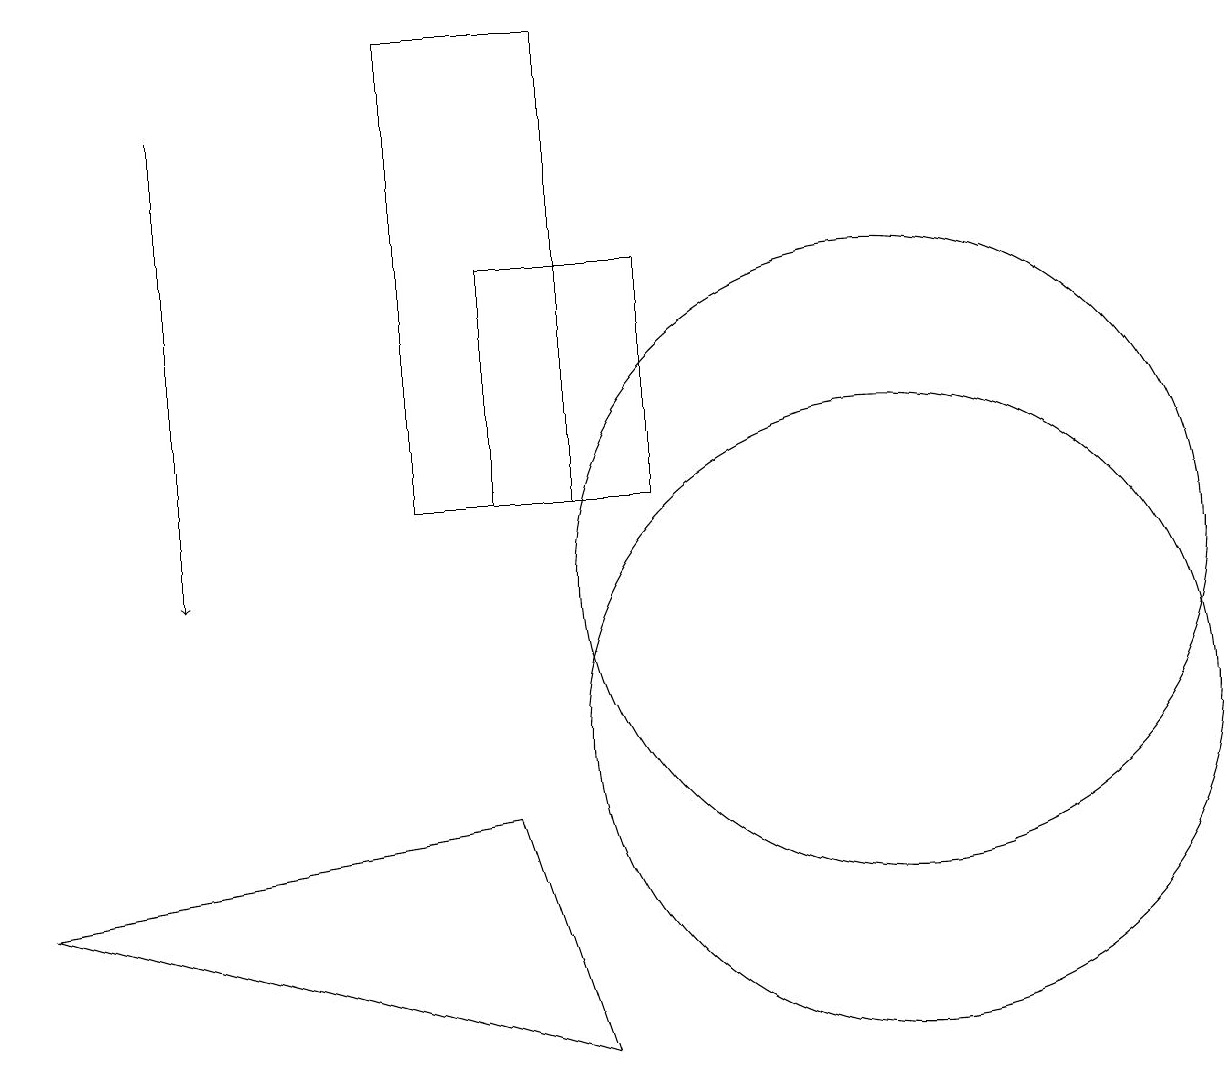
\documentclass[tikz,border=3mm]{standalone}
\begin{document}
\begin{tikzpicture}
\draw (11,10) circle (4);
\draw (8,16) rectangle (6,13);
\draw (6,9) -- (7,6) -- (0,8) -- cycle;
\draw (5,19) rectangle (7,13);
\draw (11,12) circle (4);
\draw[->] (2,18) -- (2,12);
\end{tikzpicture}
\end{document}